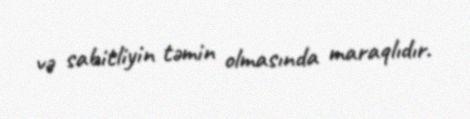
və sabitliyin təmin olmasında maraqlıdır.